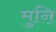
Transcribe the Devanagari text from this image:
मुनि्